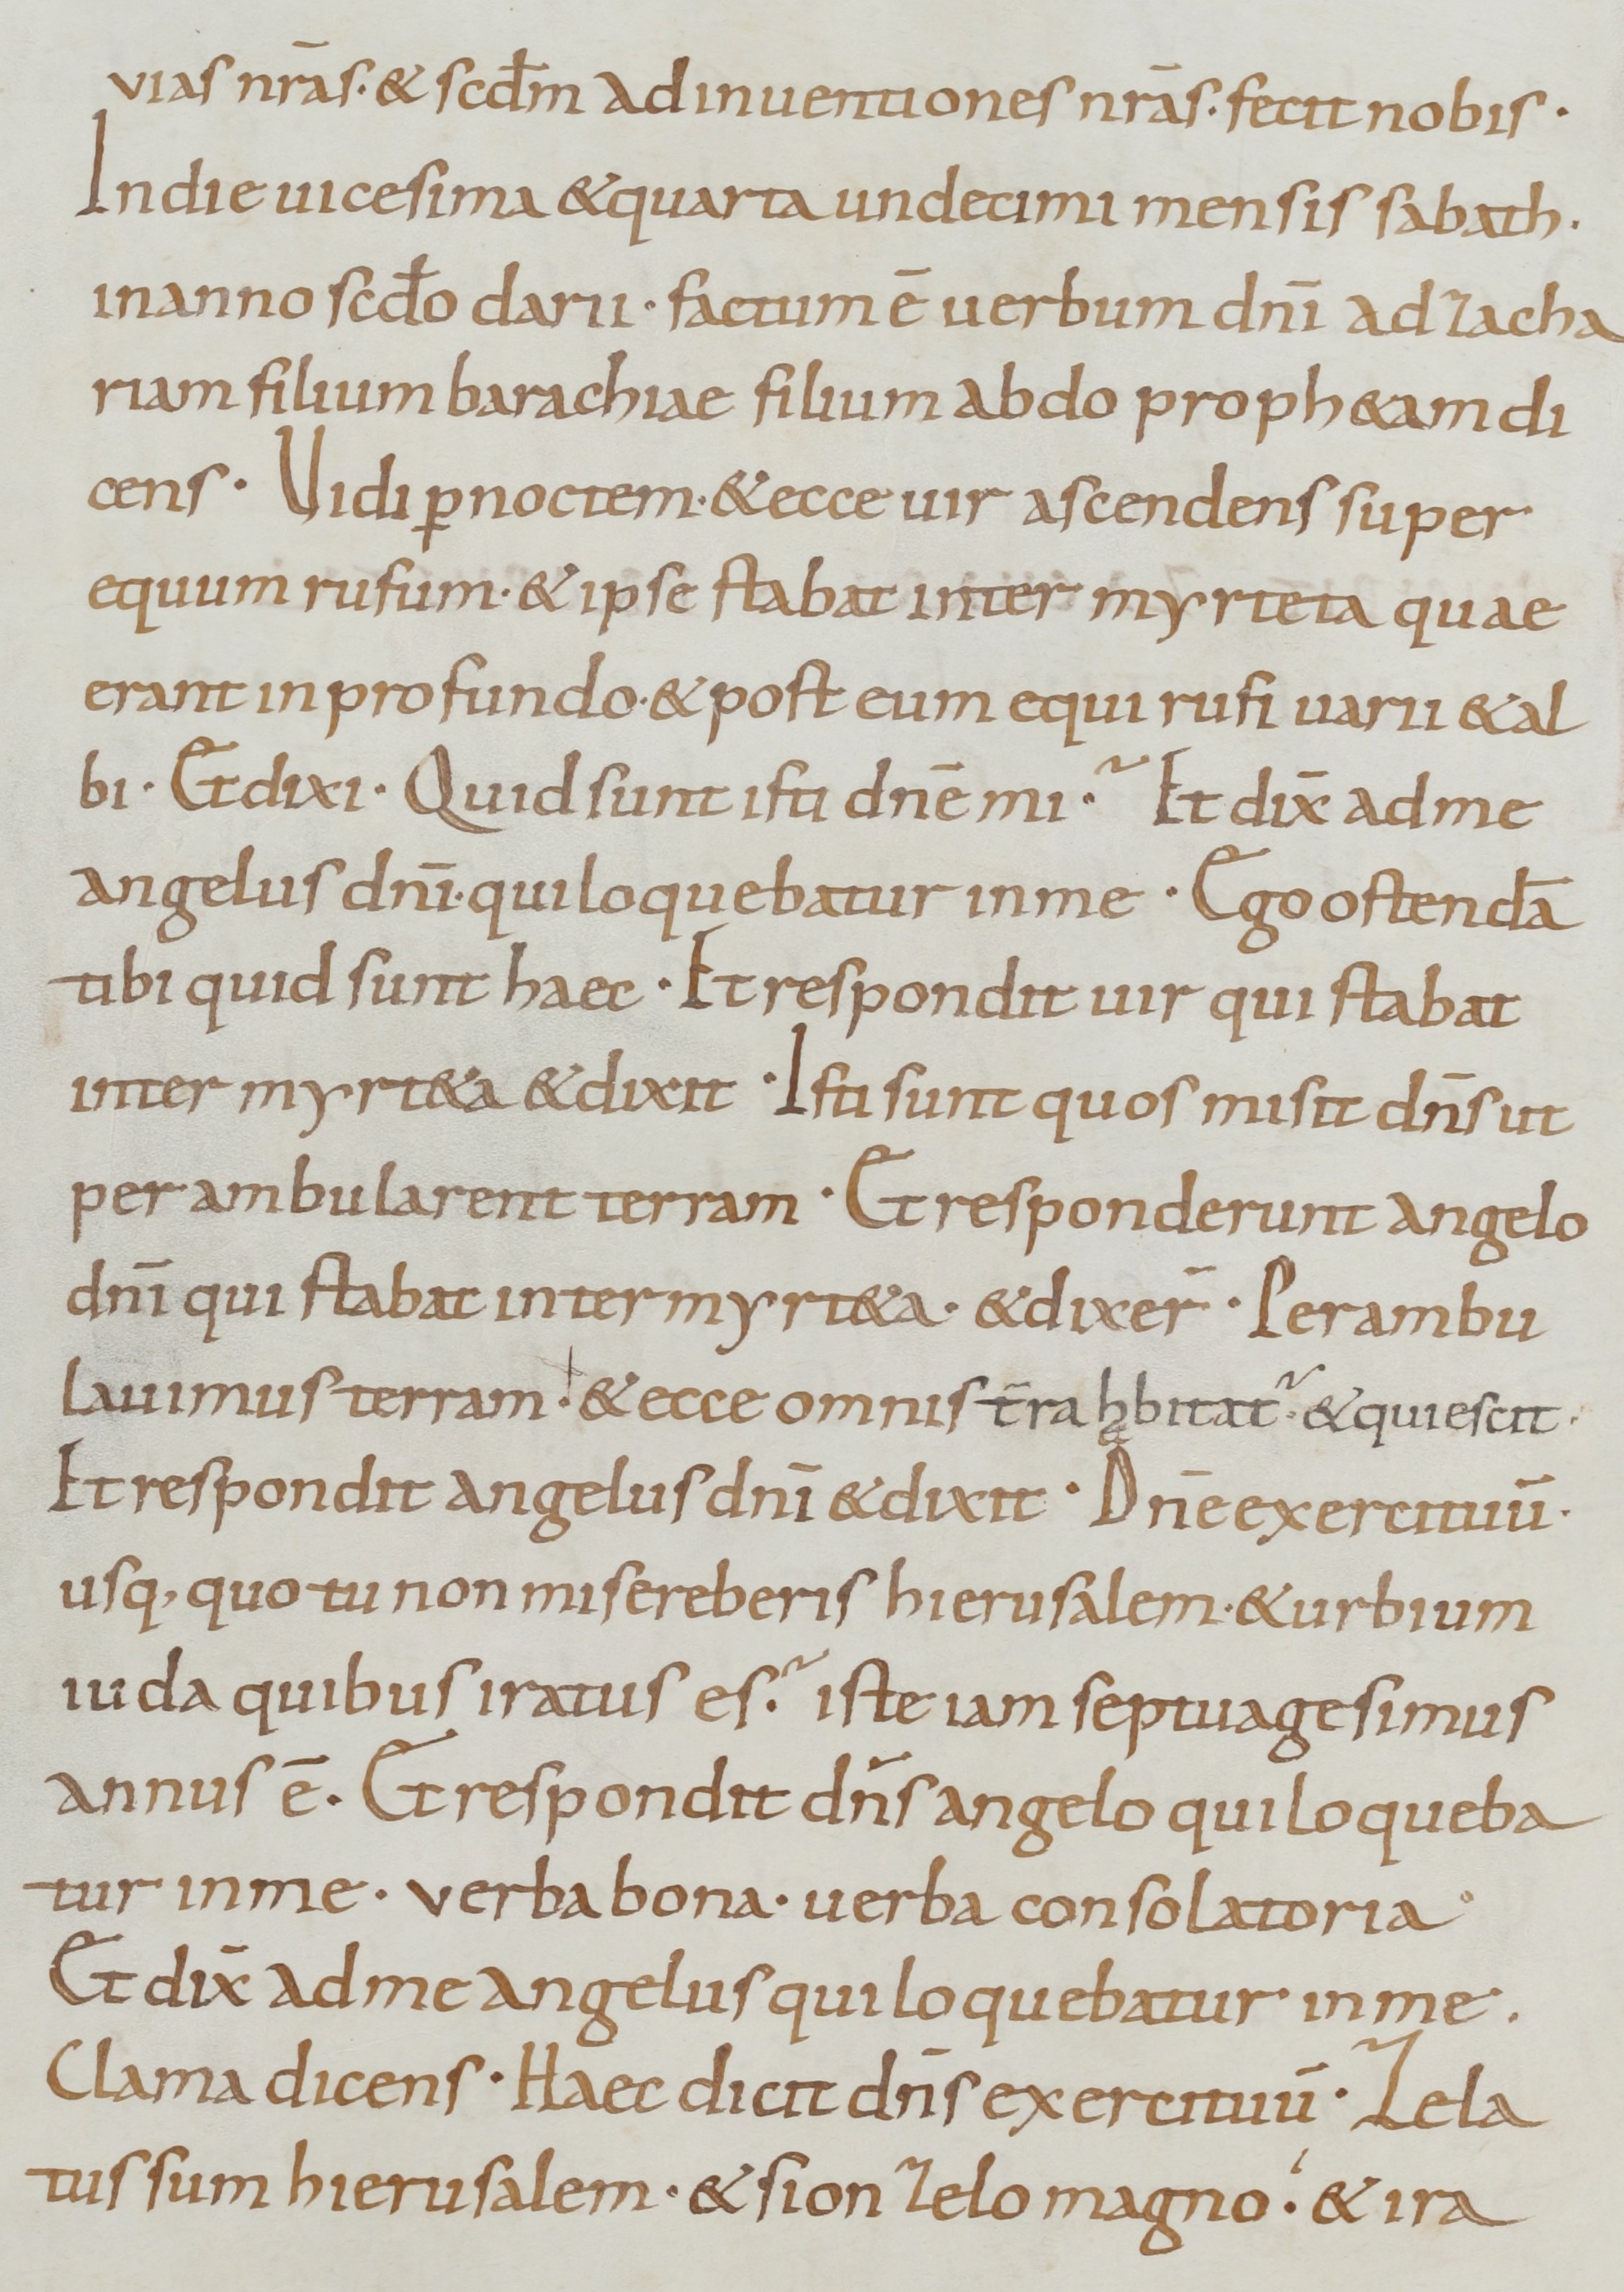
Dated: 800–899